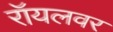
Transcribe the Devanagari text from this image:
रॉयलवर